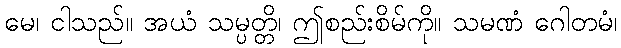
မေ၊ ငါသည်။ အယံ သမ္ပတ္တိ၊ ဤစည်းစိမ်ကို။ သမဏံ ဂေါတမံ၊